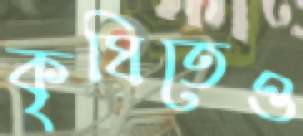
কৃষিতেও